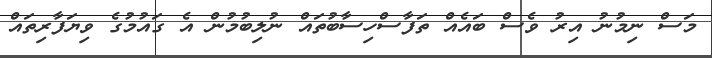
މަސް ނިމުނު އިރު ވެސް ބައެއް ތަފާސްހިސާބުތައް ނުލިބުމުން އެ ގައުމުގެ ވިޔަފާރިތައް